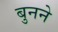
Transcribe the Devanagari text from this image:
बुुनने